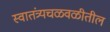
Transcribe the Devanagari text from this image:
स्वातंत्र्यचळवळीतील